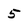
Character: 5